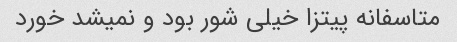
متاسفانه پیتزا خیلی شور بود و نمیشد خورد